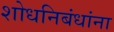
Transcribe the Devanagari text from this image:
शोधनिबंधांना